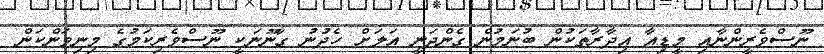
ނޫސްވެރީންނާއި މީޑިއާ އިދާރާތަކުން ބުނަމުން ގެންދަނީ އަލަށް ހެދުނު ގާނޫނަކީ ނޫސްވެރިކަމުގެ މިނިވަންކަން